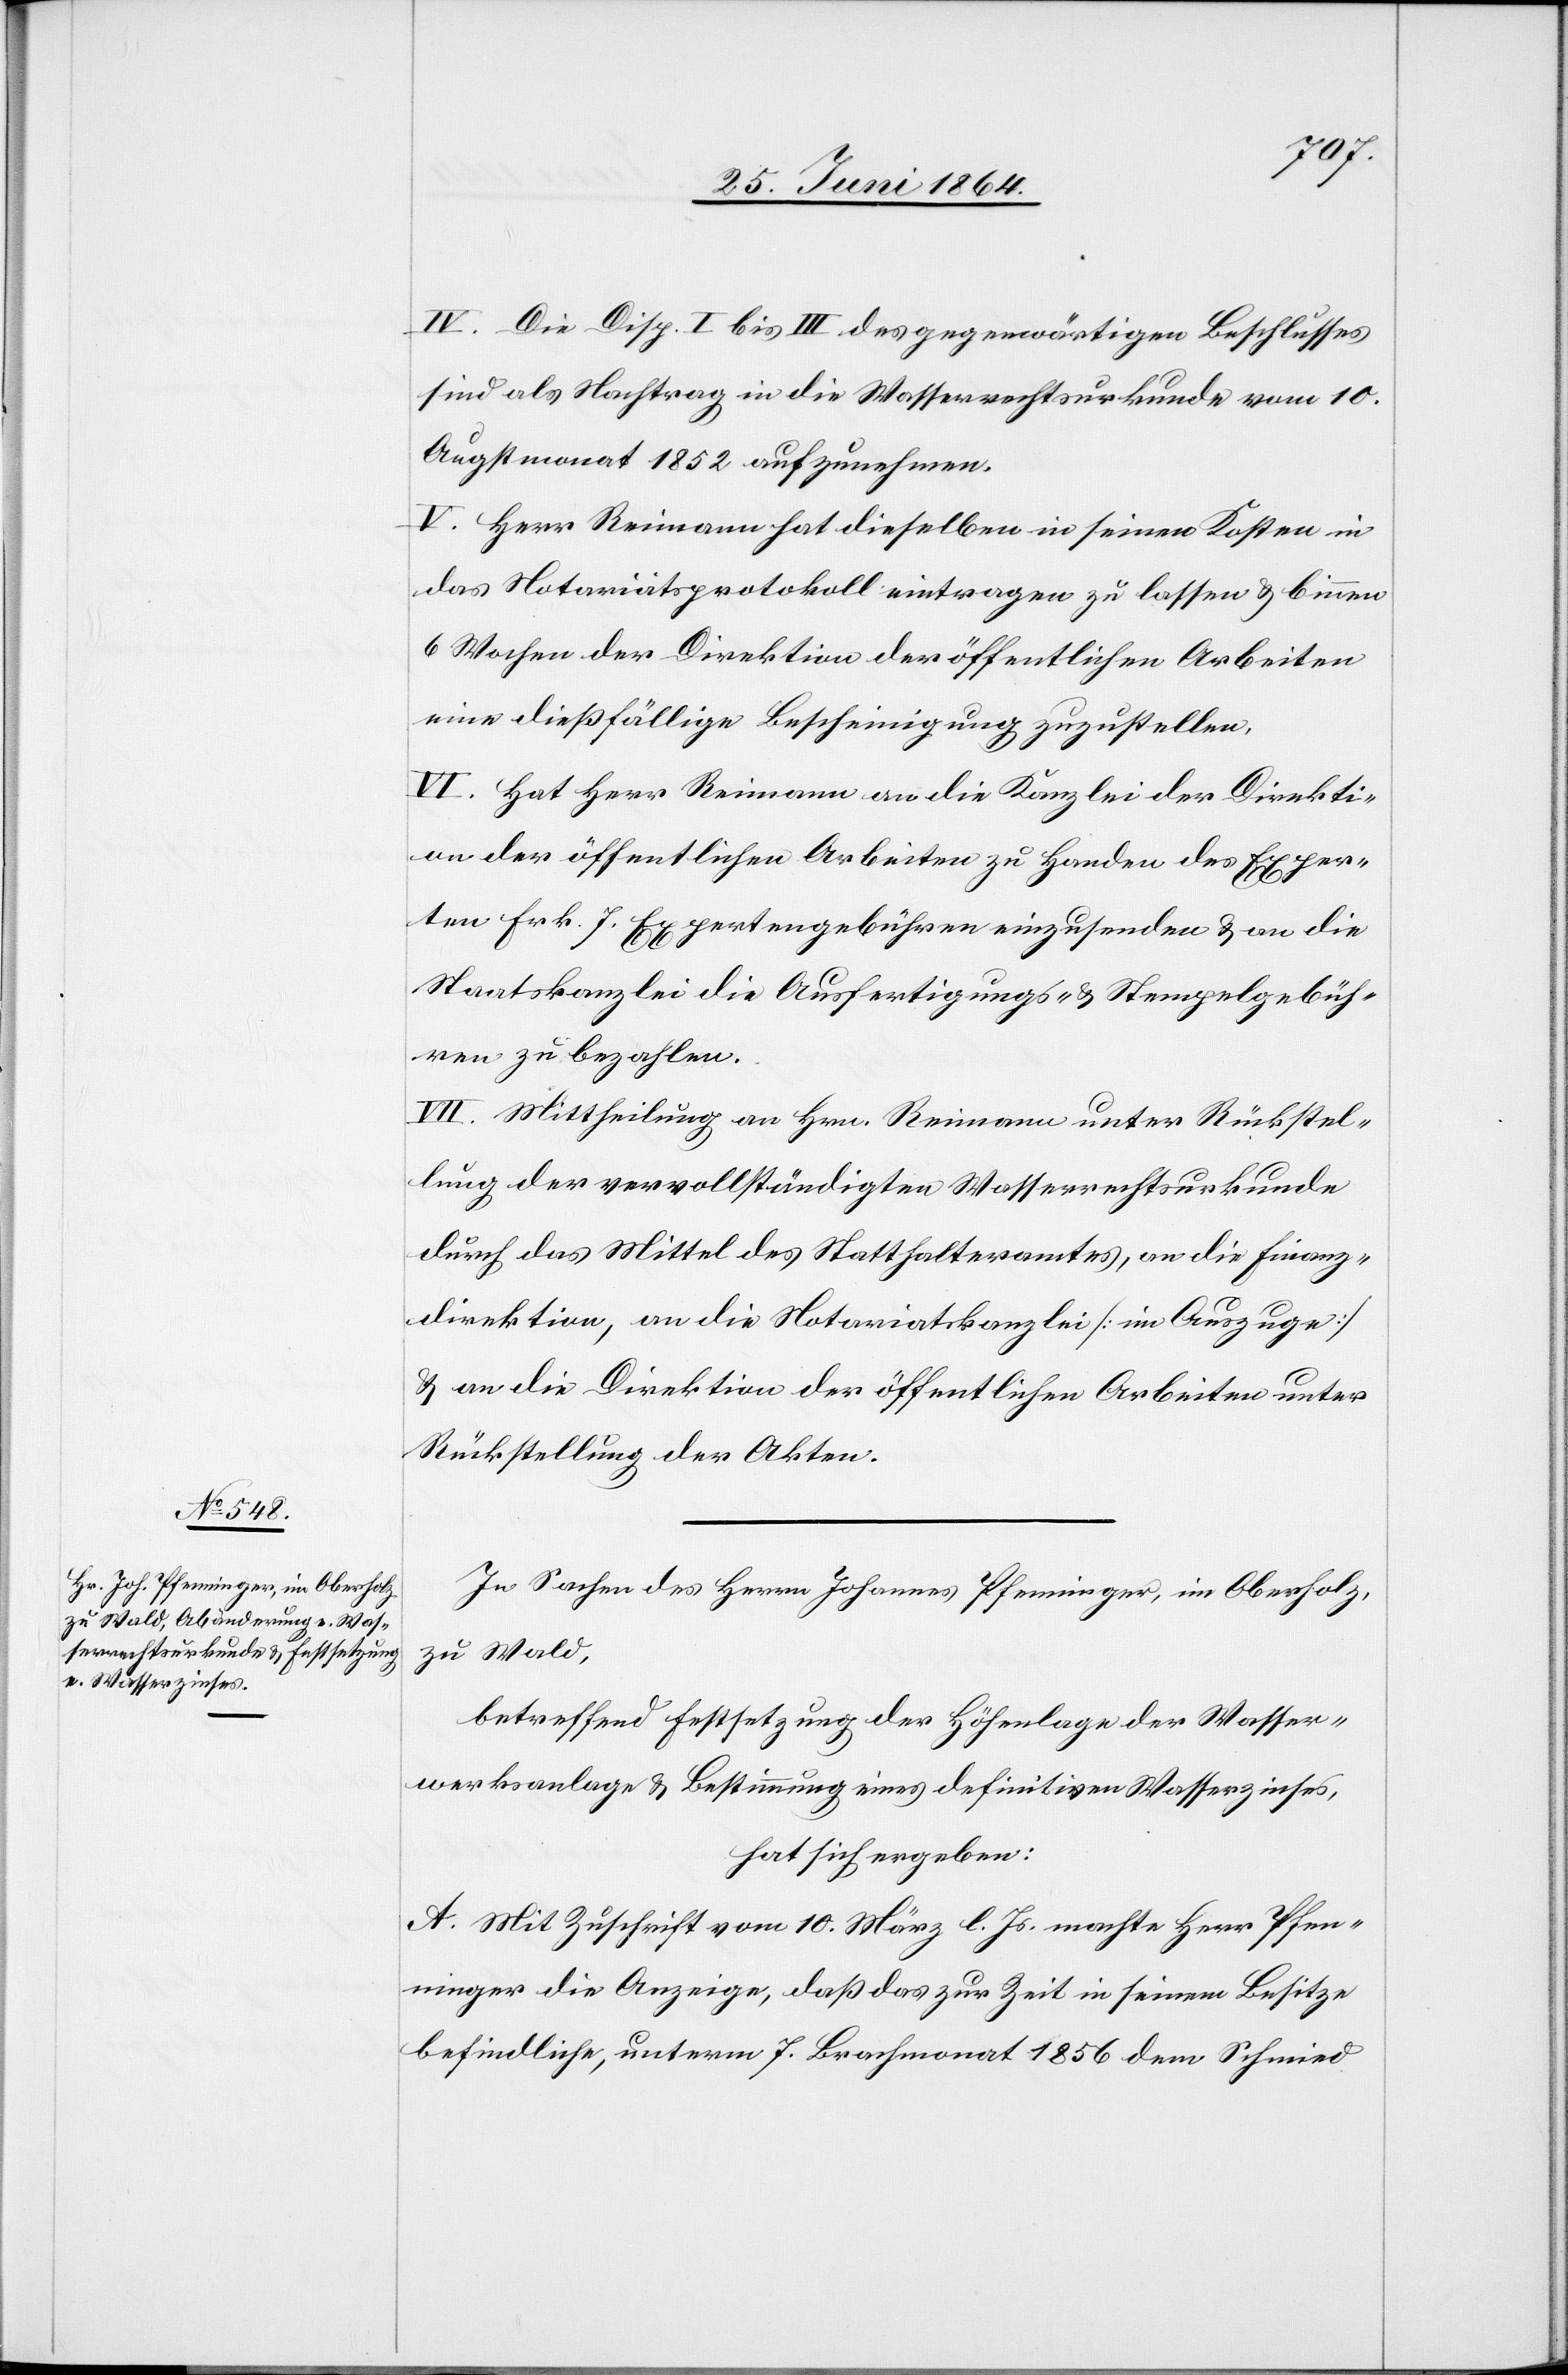
IV. Die Disp. I bis III des gegenwärtigen Beschlusses
sind als Nachtrag in die Wasserrechtsurkunde vom 10.
Augstmonat 1852 aufzunehmen.
V. Herr Reimann hat dieselben in seinen Kosten in
das Notariatsprotokoll eintragen zu lassen u. binnen
6 Wochen der Direktion der öffentlichen Arbeiten
eine dießfällige Bescheinigung zuzustellen.
VI. Hat Herr Reimann an die Kanzlei der Direkti¬
on der öffentlichen Arbeiten zu Handen des Exper¬
ten Frk. 7. Expertengebühren einzusenden u. an die
Staatskanzlei die Ausfertigungs- u. Stempelgebüh¬
ren zu bezahlen.
VII. Mittheilung an Hrn. Reimann unter Rückstel¬
lung der vervollständigten Wasserrechtsurkunde
durch das Mittel des Statthalteramtes, an die Finanz¬
direktion, an die Notariatskanzlei [im Auszuge]
u. an die Direktion der öffentlichen Arbeiten unter
Rückstellung der Akten.
In Sachen des Herrn Johannes Pfenninger, im Oberholz,
zu Wald,
betreffend Festsetzung der Höhenlage der Wasser¬
werksanlage u. Bestimmung eines definitiven Wasserzinses,
hat sich ergeben:
A. Mit Zuschrift vom 10. März l. Js. machte Herr Pfen¬
ninger die Anzeige, daß das zur Zeit in seinem Besitze
befindliche, unterm 7. Brachmonat 1856 dem Schmied